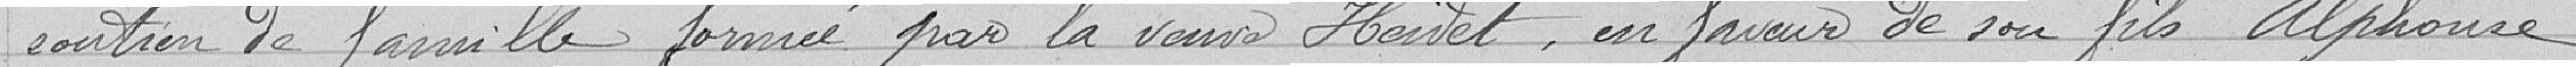
soutien de famille formé par la veuve Heidet, en faveur de son fils Alphonse